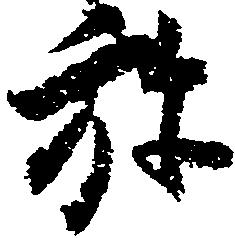
弥